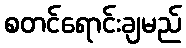
စတင်ရောင်းချမည်